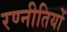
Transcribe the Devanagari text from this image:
रण्नीतियों